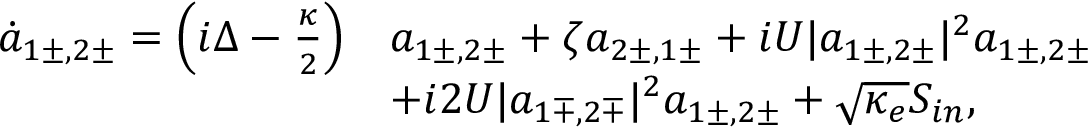
\begin{array} { r l } { \dot { a } _ { 1 \pm , 2 \pm } = \left( i \Delta - \frac { \kappa } { 2 } \right) } & { a _ { 1 \pm , 2 \pm } + \zeta a _ { 2 \pm , 1 \pm } + i U | a _ { 1 \pm , 2 \pm } | ^ { 2 } a _ { 1 \pm , 2 \pm } } \\ & { + i 2 U | a _ { 1 \mp , 2 \mp } | ^ { 2 } a _ { 1 \pm , 2 \pm } + \sqrt { \kappa _ { e } } S _ { i n } , } \end{array}